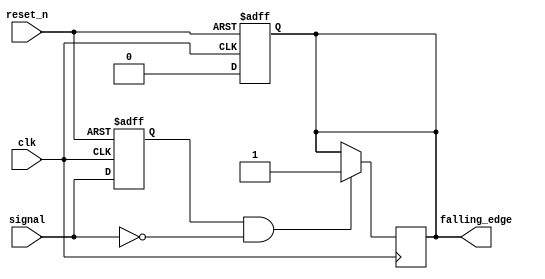
module falling_edge_detector (
    input wire clk,               // System clock
    input wire reset_n,           // Active low reset
    input wire signal,            // Input signal to detect falling edge
    output reg falling_edge       // Output pulse indicating falling edge detected
);

// Internal signal to hold the previous state of the input signal
reg signal_prev;

// Always block to sample the input signal at the rising edge of the clock
always @(posedge clk or negedge reset_n) begin
    if (!reset_n) begin
        signal_prev <= 1'b0;      // Initialize previous signal state to 0 on reset
        falling_edge <= 1'b0;     // Initialize falling edge output to 0
    end else begin
        signal_prev <= signal;     // Store current signal state in previous state
        falling_edge <= 1'b0;      // Reset falling edge output
    end
end

// Combinational logic to detect falling edge
always @(posedge clk) begin
    if (signal_prev == 1'b1 && signal == 1'b0) begin
        falling_edge <= 1'b1;      // Assert falling edge on falling edge detection
    end
end

endmodule